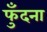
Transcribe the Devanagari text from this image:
फुँदना